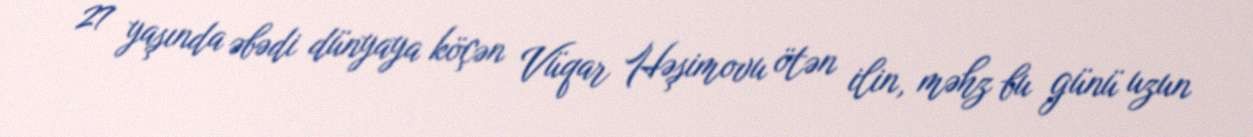
27 yaşında əbədi dünyaya köçən Vüqar Həşimovu ötən ilin, məhz bu günü uzun